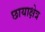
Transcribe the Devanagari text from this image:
छायाक्षेत्र